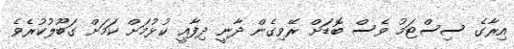
އިރާގެ ސިސްޓަމު ވެސް ބޮޑަށް ރޭވިގެން ދާނީ ދިފާއީ ކުޅުމަށް ކަމަށް ގަބޫލުކުރެވެ